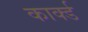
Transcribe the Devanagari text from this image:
कार्क्ड